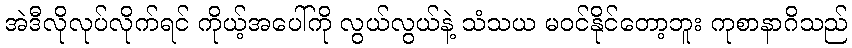
အဲဒီလိုလုပ်လိုက်ရင် ကိုယ့်အပေါ်ကို လွယ်လွယ်နဲ့ သံသယ မဝင်နိုင်တော့ဘူး ကုစာနာဂိသည်